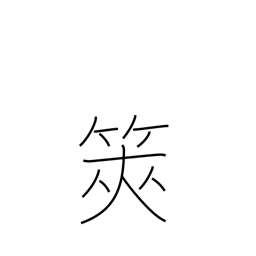
Meaning: divining sticks